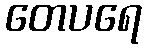
တေပရေ